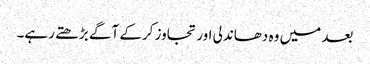
بعد میں وہ دھاندلی اور تجاوز کرکے آگے بڑھتے رہے۔